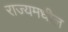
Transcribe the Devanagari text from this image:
राज्यमधील